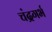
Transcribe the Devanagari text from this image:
चंद्रगर्भ